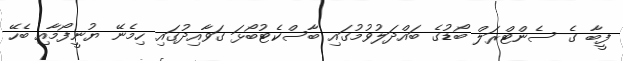
ފީބާ ގެ ސެންޓްރަލް ބޯޑުގެ ބައްދަލުވުމުގައި ބާސްކެޓުބޯޅަ ގަވާއިދުގައި ހިމެނޭ ޔުނީފޯމާއި ބެހޭ